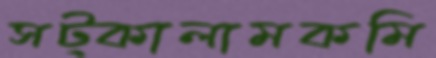
সট্‌কালামকমি